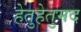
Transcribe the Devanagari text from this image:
हेतुहेतुमद